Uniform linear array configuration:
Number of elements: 24
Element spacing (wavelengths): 0.25
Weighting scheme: uniform
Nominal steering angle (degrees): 15
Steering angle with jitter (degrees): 14.094
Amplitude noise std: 0.05
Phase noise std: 0.05

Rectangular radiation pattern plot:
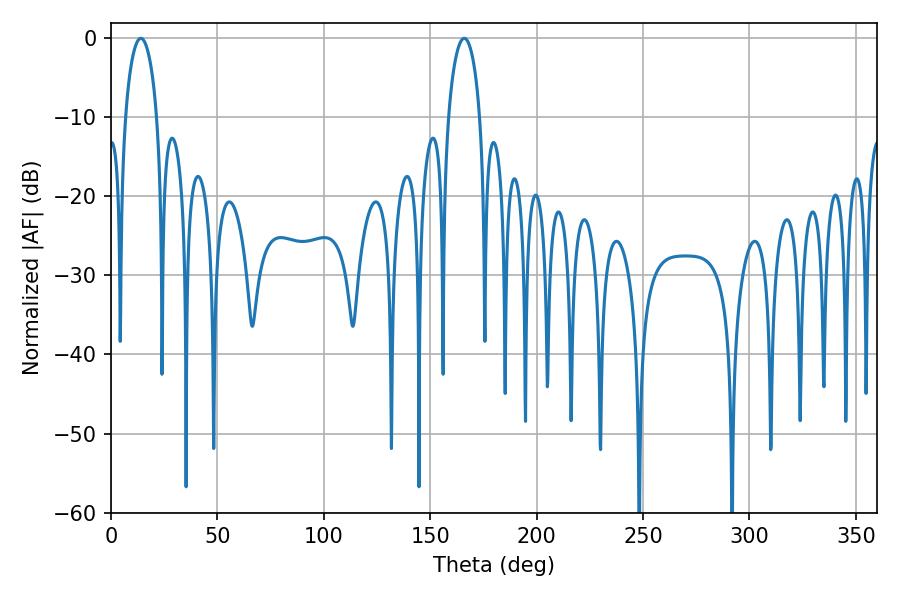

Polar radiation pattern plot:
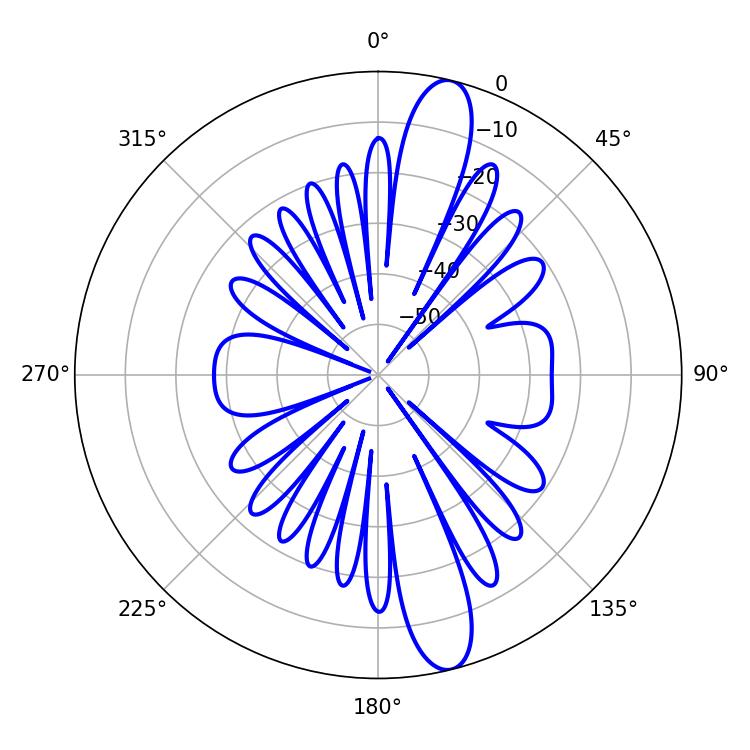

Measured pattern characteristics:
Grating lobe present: FALSE
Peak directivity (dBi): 13.83
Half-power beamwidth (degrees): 8.64
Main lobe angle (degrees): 14.04